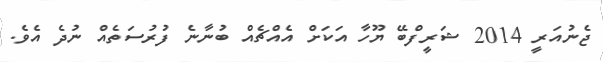
ޖެނުއަރީ 2014 ޝަރީފްބޭ ޔޫހާ އަކަށް އެއްޗެއް ބުނާނެ ފުރުސަތެއް ނުދެ އެވެ.